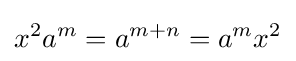
x^{2}a^{m}=a^{m+n}=a^{m}x^{2}